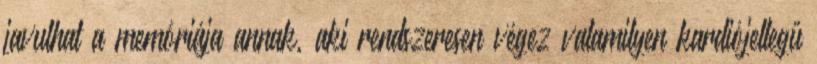
javulhat a memóriája annak, aki rendszeresen végez valamilyen kardiójellegű